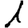
Digit: 1